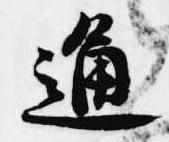
通